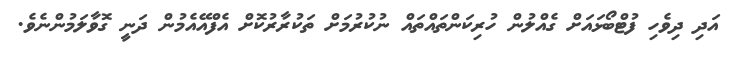
އަދި ދިވެހި ފުޓްބޯޅައަށް ގެއްލުން ހުރިކަންތައްތައް ނުކުރުމަށް ތަކުރާރުކޮށް އެފްއޭއެމުން ދަނީ ގޮވާލަމުންނެވެ.